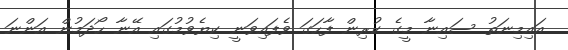
އައިމިނަތު ސައިނާ މީގެ ކުރިން ފާހަގަ ވެފައިވަނީ ކިޔެވުމުގައި އޭނާ ހޯދަމުން އަންނަ